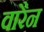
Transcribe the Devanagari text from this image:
वारैन